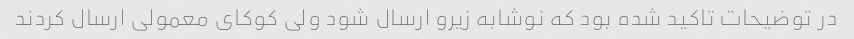
در توضیحات تاکید شده بود که نوشابه زیرو ارسال شود ولی کوکای معمولی ارسال کردند